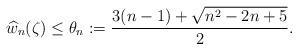
LaTeX: \begin{align*} \widehat{w}_{n}(\zeta)\leq \theta_{n}:=\frac{3(n-1)+\sqrt{n^{2}-2n+5}}{2}.\end{align*}